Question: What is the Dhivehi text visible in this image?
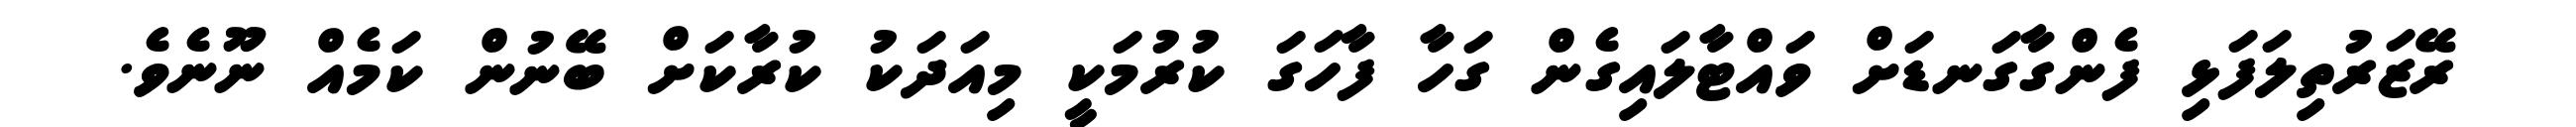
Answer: ރޭޒަރުތިލަފަޅި ފެންގާގަނޑަށް ވައްޓާލައިގެން ގަހާ ފާހަގަ ކުރުމަކީ މިއަދަކު ކުރާކަށް ބޭނުން ކަމެއް ނޫނެވެ.